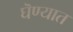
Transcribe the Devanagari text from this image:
घॆण्यात